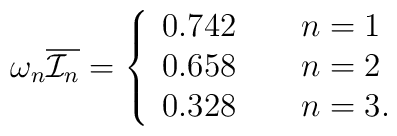
\omega_n\overline{ {\cal I}_n}=\left\{\begin{array}{lc}0.742 \qquad n=1\\0.658 \qquad n=2\\0.328 \qquad n=3.\end{array}\right.